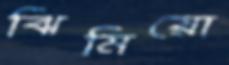
ঝিমিয়ো